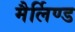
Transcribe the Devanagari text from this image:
मैर्लिण्ड